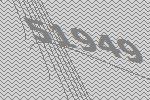
51949